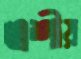
এশীয়